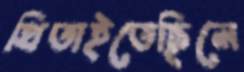
থিতাইতেছিলে